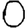
Digit: 0